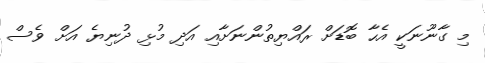
މި ގާނޫނަކީ އެހާ ބޮޑަށް ރައްޔިތުންނަށާއި އަދި މުޅި ދުނިޔެ އަށް ވެސް